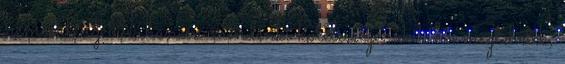
nemcsak az övé, hanem mindenki kötelessége, akik ha megtehetik,